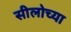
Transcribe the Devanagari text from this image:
सीलोच्या